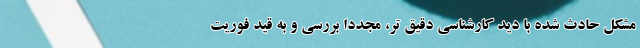
مشکل حادث شده با دید کارشناسی دقیق تر، مجدداً بررسی و به قید فوریت